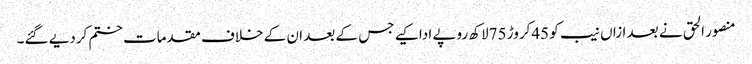
منصور الحق نے بعد ازاں نیب کو 45کروڑ 75لاکھ روپے ادا کیے جس کے بعد ان کے خلاف مقدمات ختم کردیے گئے۔